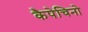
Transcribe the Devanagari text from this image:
कैपेचिनो